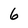
Character: 6